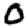
Digit: 0